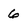
Character: 6